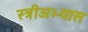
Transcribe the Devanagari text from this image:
स्त्रीअभ्यास